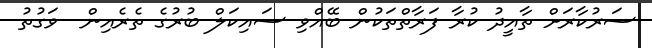
ސަރުކާރަށް ތާއީދު ކުރާ ފަރާތްތަކުން ބޭއްވި ސައިކަލް ބުރުގެ ތެރެއިން  ވަގުތު